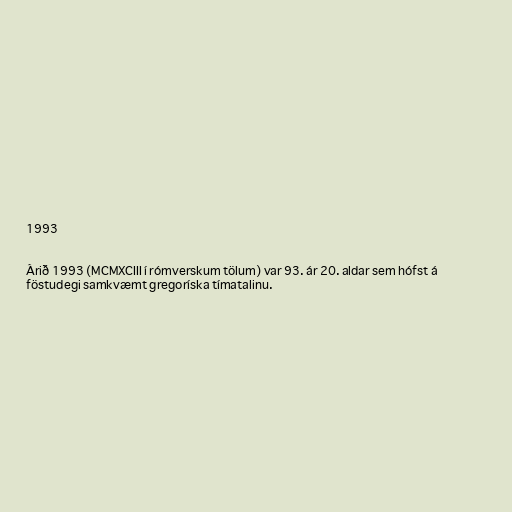
1993

Árið 1993 (MCMXCIII í rómverskum tölum) var 93. ár 20. aldar sem hófst á
föstudegi samkvæmt gregoríska tímatalinu.